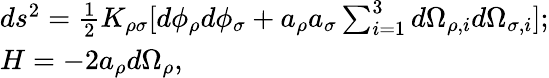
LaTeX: \begin{array}{lcr}{{ds^{2}={\frac{1}{2}}K_{\rho\sigma}[d\phi_{\rho}d\phi_{\sigma}+a_{\rho}a_{\sigma}\sum_{i=1}^{3}d\Omega_{\rho,i}d\Omega_{\sigma,i}];}}\\ {{H=-2a_{\rho}d\Omega_{\rho},}}\end{array}